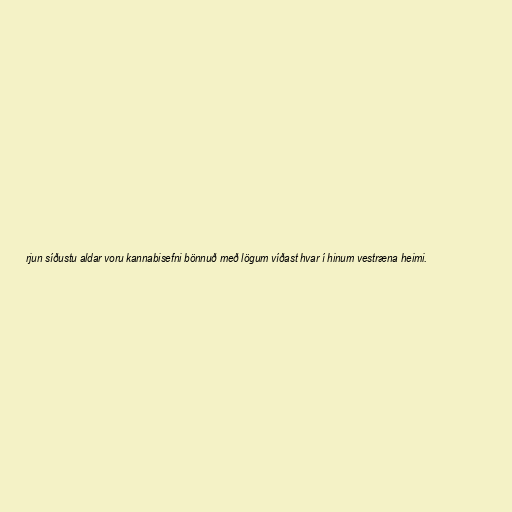
rjun síðustu aldar voru kannabisefni bönnuð með lögum víðast hvar í hinum vestræna heimi.